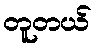
တူတယ်